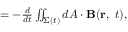
\textstyle = - { \frac { d } { d t } } \iint _ { \Sigma ( t ) } d { \boldsymbol { A } } \cdot \mathbf { B } ( \mathbf { r } , \ t ) ,